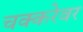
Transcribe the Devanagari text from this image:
चक्करेवर